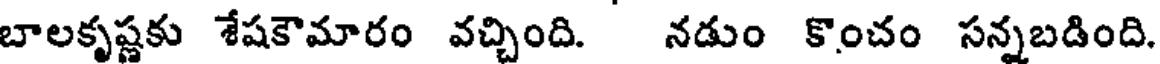
బాలకృష్ణకు శేషకౌమారం వచ్చింది. నడుం కొంచం సన్నబడింది.